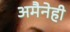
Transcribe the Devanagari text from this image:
अमैनेही